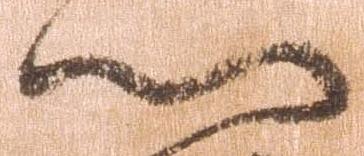
門